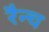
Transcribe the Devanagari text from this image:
रैन्च